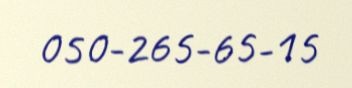
050-265-65-15